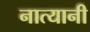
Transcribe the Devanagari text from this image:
नात्यानी